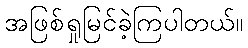
အဖြစ်ရှုမြင်ခဲ့ကြပါတယ်။